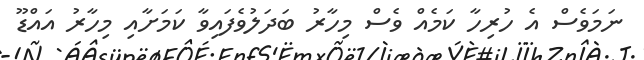
ނަމަވެސް އެ ހުރިހާ ކަމެއް ވެސް މިހާރު ބަދަލުވެފައިވާ ކަމަށާއި މިހާރު އައްޑޫ